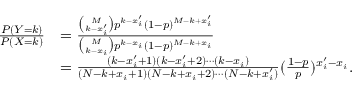
\begin{array} { r l } { \frac { P ( Y = k ) } { P ( X = k ) } } & { = \frac { { \binom { M } { k - x _ { i } ^ { \prime } } } p ^ { k - x _ { i } ^ { \prime } } ( 1 - p ) ^ { M - k + x _ { i } ^ { \prime } } } { { \binom { M } { k - x _ { i } } } p ^ { k - x _ { i } } ( 1 - p ) ^ { M - k + x _ { i } } } } \\ & { = \frac { ( k - x _ { i } ^ { \prime } + 1 ) ( k - x _ { i } ^ { \prime } + 2 ) \cdots ( k - x _ { i } ) } { ( N - k + x _ { i } + 1 ) ( N - k + x _ { i } + 2 ) \cdots ( N - k + x _ { i } ^ { \prime } ) } ( \frac { 1 - p } { p } ) ^ { x _ { i } ^ { \prime } - x _ { i } } . } \end{array}